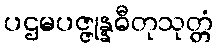
ပဌမပဇ္ဇုန္နဓီတုသုတ္တံ